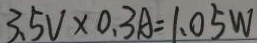
3 . 5 V \times 0 . 3 A = 1 . 0 5 W